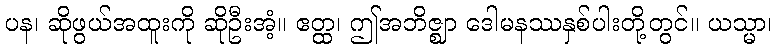
ပန၊ ဆိုဖွယ်အထူးကို ဆိုဦးအံ့။ ဧတ္ထ၊ ဤအဘိဇ္ဈာ ဒေါမနဿနှစ်ပါးတို့တွင်။ ယသ္မာ၊